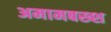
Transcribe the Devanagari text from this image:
अमामबख्श